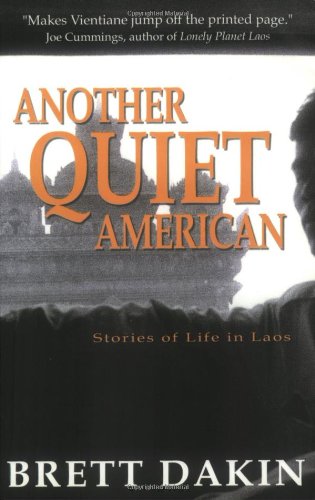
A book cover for Another Quiet American: Stories of Life in Laos; Brett Dakin; Travel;